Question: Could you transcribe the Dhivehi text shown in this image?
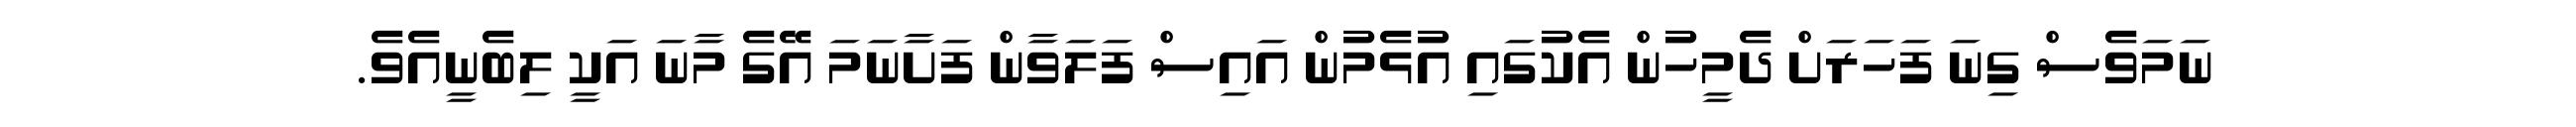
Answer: ނަމަވެސް ގިނަ ފަހަރަށް ދެމީހުން އެކުގައި އުޅެމުން އައިސް ފަލަވާން ފަށާނަމަ އޭގެ މާނަ އަކީ ލިބެނީއެވެ.